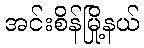
အင်းစိန်မြို့နယ်